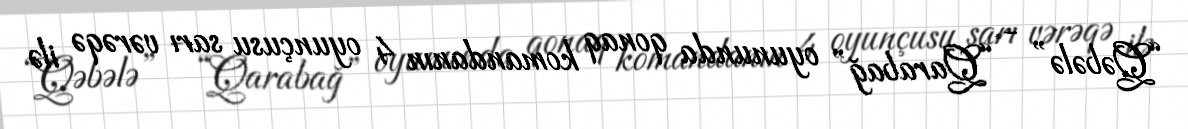
“Qəbələ” - “Qarabağ” oyununda qonaq komandanın 4 oyunçusu sarı vərəqə ilə